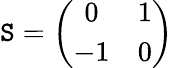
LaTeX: \mathtt{S}=\left(\begin{array}{cc}{{0}}&{{1}}\\ {{-1}}&{{0}}\end{array}\right)